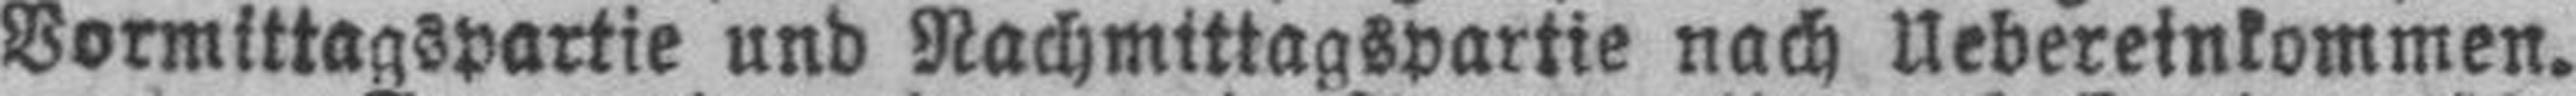
Vormittagspartie und Nachmittagspartie nach Uebereinkommen.